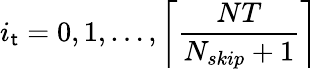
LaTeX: i_{\mathsf{t}}=0,1,\ldots,\left\lceil\frac{{NT}}{{N_{skip}+1}}\right\rceil